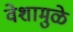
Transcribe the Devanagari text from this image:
वेशामुळे